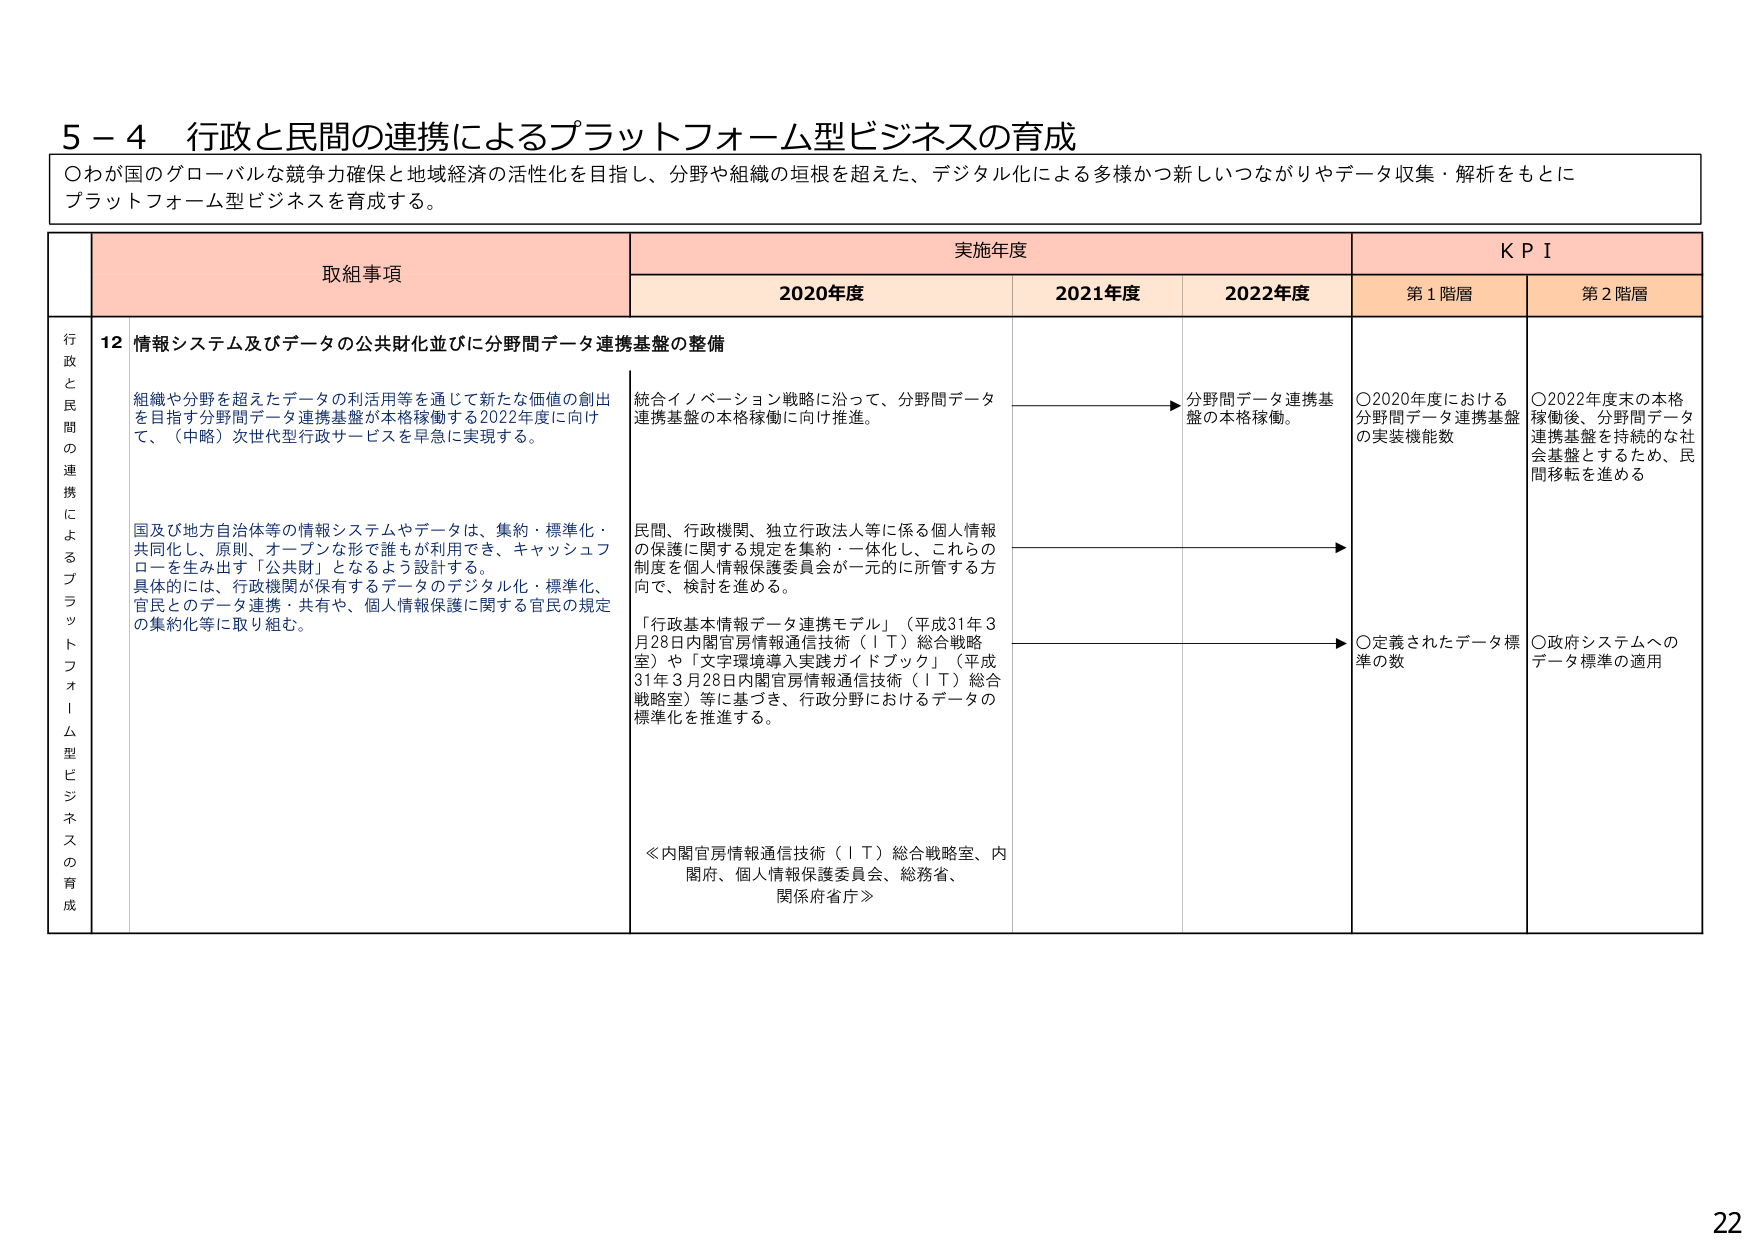
5－4 行政と民間の連携によるプラットフォーム型ビジネスの育成

○わが国のグローバルな競争力確保と地域経済の活性化を目指し、分野や組織の垣根を超えた、デジタル化による多様かつ新しいつながりやデータ収集・解析をもとにプラットフォーム型ビジネスを育成する。

取組事項 実施年度 KPI
2020年度 2021年度 2022年度 第1階層 第2階層

行政と民間の連携によるプラットフォーム型ビジネスの育成

12 情報システム及びデータの公共財化並びに分野間データ連携基盤の整備

組織や分野を超えたデータの利活用等を通じて新たな価値の創出を目指す分野間データ連携基盤が本格稼働する2022年度に向けて、（中略）次世代型行政サービスを早急に実現する。

国及び地方自治体等の情報システムやデータは、集約・標準化・共同化し、原則、オープンな形で誰もが利用でき、キャッシュフローを生み出す「公共財」となるよう設計する。
具体的には、行政機関が保有するデータのデジタル化・標準化、官民とのデータ連携・共有や、個人情報保護に関する官民の規定の集約化等に取り組む。

統合イノベーション戦略に沿って、分野間データ連携基盤の本格稼働に向け推進。

民間、行政機関、独立行政法人等に係る個人情報の保護に関する規定を集約・一体化し、これらの制度を個人情報保護委員会が一元的に所管する方向で、検討を進める。

「行政基本情報データ連携モデル」（平成31年3月28日内閣官房情報通信技術（IT）総合戦略室）や「文字環境導入実践ガイドブック」（平成31年3月28日内閣官房情報通信技術（IT）総合戦略室）等に基づき、行政分野におけるデータの標準化を推進する。

≪内閣官房情報通信技術（IT）総合戦略室、内閣府、個人情報保護委員会、総務省、関係府省庁≫

分野間データ連携基盤の本格稼働。

○2020年度における分野間データ連携基盤の実装機能数

○2022年度末の本格稼働後、分野間データ連携基盤を持続的な社会基盤とするため、民間移転を進める

○定義されたデータ標準の数

○政府システムへのデータ標準の適用

22